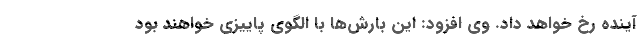
آینده رخ خواهد داد. وی افزود: این بارش‌ها با الگوی پاییزی خواهند بود